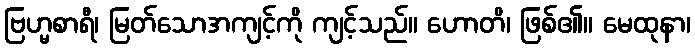
ဗြဟ္မစာရီ၊ မြတ်သောအကျင့်ကို ကျင့်သည်။ ဟောတိ၊ ဖြစ်၏။ မေထုနာ၊